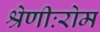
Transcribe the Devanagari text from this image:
श्रेणीःरोम